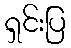
ရှင်းပြ